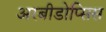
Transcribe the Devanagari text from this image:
अरबीडोप्सिस